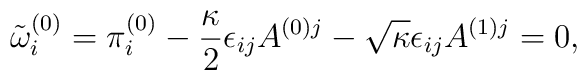
\tilde{\omega}^{(0)}_i = \pi^{(0)}_i - \frac{\kappa}{2}\epsilon_{ij}A^{(0)j}                   - \sqrt{\kappa}\epsilon_{ij}A^{(1)j}=0,